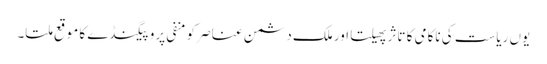
یوں ریاست کی ناکامی کا تاثر پھیلتا اور ملک دشمن عناصر کو منفی پروپیگنڈے کا موقع ملتا۔